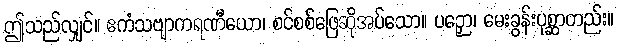
ဤသည်လျှင်။ ဧကံသဗျာကရဏီယော၊ စင်စစ်ဖြေဆိုအပ်သော။ ပဉှော၊ မေးခွန်းပုစ္ဆာတည်း။